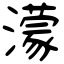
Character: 濛